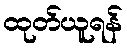
ထုတ်ယူရန်